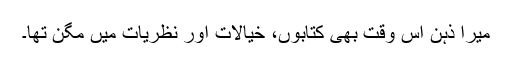
میرا ذہن اُس وقت بھی کتابوں، خیالات اور نظریات میں مگن تھا۔